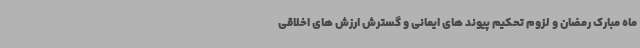
ماه مبارک رمضان و لزوم تحکیم پیوند های ایمانی و گسترش ارزش های اخلاقی